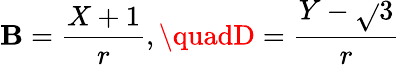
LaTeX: \mathbf{B}=\frac{{X+1}}{{r}},\quadD=\frac{{Y-\sqrt{}{{3}}}}{{r}}